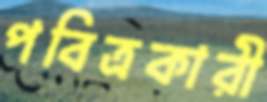
পবিত্রকারী